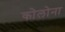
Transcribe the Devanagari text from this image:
कोलोना